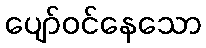
ပျော်ဝင်နေသော